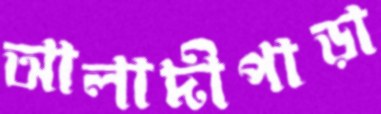
আলাদীপাড়া